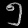
Digit: ၅